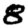
Digit: 8